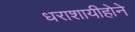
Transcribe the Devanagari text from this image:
धराशायीहोने